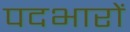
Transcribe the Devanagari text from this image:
पदभारों